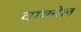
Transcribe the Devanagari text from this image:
वाकोल